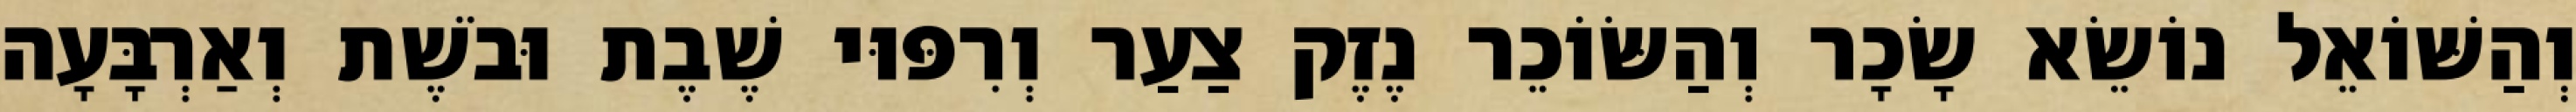
וְהַשּׁוֹאֵל נוֹשֵׂא שָׂכָר וְהַשּׂוֹכֵר נֶזֶק צַעַר וְרִפּוּי שֶׁבֶת וּבֹשֶׁת וְאַרְבָּעָה